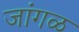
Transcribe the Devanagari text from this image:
जांगळ